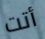
أتت